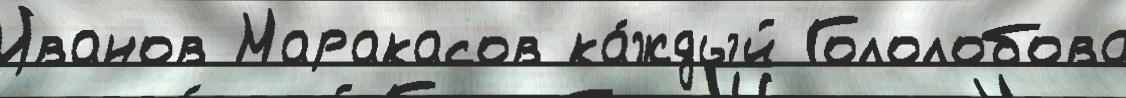
Иванов Маракасов ка́ждый Гололобова